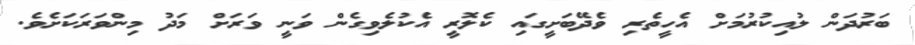
ބަރުދަން ލުއިކުރުމަށް އެހީތެރި ވެދޭބަށީގައި ކެލޮރީ އެކުލެވިގެން ވަނީީ ވަރަށް މަދު މިންވަރަކަށެވެ.